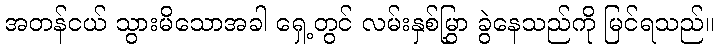
အတန်ငယ် သွားမိသောအခါ ရှေ့တွင် လမ်းနှစ်မြွှာ ခွဲနေသည်ကို မြင်ရသည်။